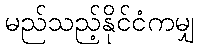
မည်သည့်နိုင်ငံကမျှ